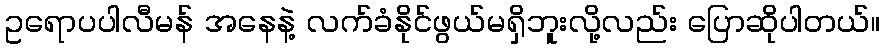
ဥရောပပါလီမန် အနေနဲ့ လက်ခံနိုင်ဖွယ်မရှိဘူးလို့လည်း ပြောဆိုပါတယ်။